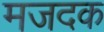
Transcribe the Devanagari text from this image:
मजदक